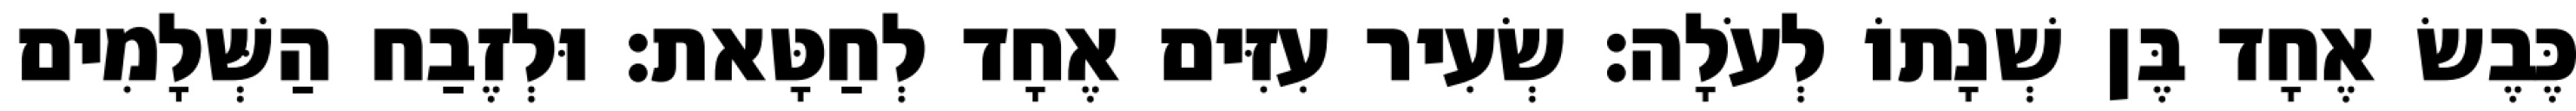
כֶּבֶשׂ אֶחָד בֶּן שְׁנָתוֹ לְעֹלָה׃ שְׂעִיר עִזִּים אֶחָד לְחַטָּאת׃ וּלְזֶבַח הַשְּׁלָמִים